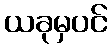
ယခုမှပင်